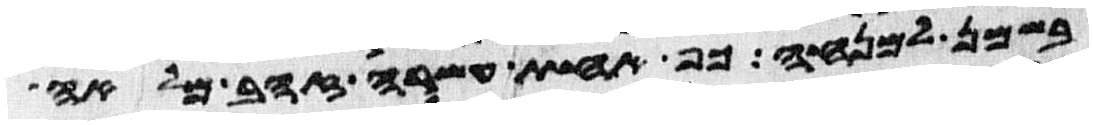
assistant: בשמן למנחה כף אחת עשרה זהב מלאה